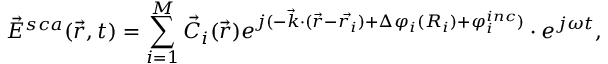
\vec { E } ^ { s c a } ( \vec { r } , t ) = \sum _ { i = 1 } ^ { M } \vec { C } _ { i } ( \vec { r } ) e ^ { j ( - \vec { k } \cdot ( \vec { r } - \vec { r _ { i } } ) + \Delta \varphi _ { i } ( R _ { i } ) + \varphi _ { i } ^ { i n c } ) } \cdot e ^ { j \omega t } ,